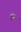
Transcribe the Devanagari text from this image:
थुंका